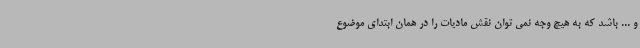
و ... باشد که به هیچ وجه نمی توان نقش مادیات را در همان ابتدای موضوع